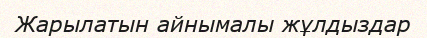
Жарылатын айнымалы жұлдыздар